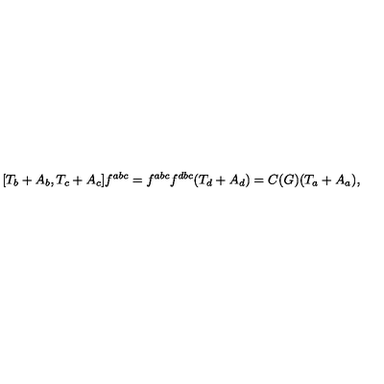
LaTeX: [ T _ { b } + A _ { b } , T _ { c } + A _ { c } ] f ^ { a b c } = f ^ { a b c } f ^ { d b c } ( T _ { d } + A _ { d } ) = C ( G ) ( T _ { a } + A _ { a } ) ,